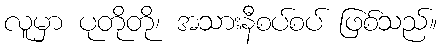
လူမှာ ပုတိုတို၊ အသားနီစပ်စပ် ဖြစ်သည်။